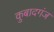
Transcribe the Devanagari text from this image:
कुबादगंज